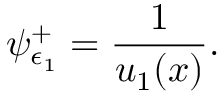
\psi _ { \epsilon _ { 1 } } ^ { + } = \frac { 1 } { u _ { 1 } ( x ) } .